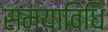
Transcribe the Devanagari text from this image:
समयाविधि